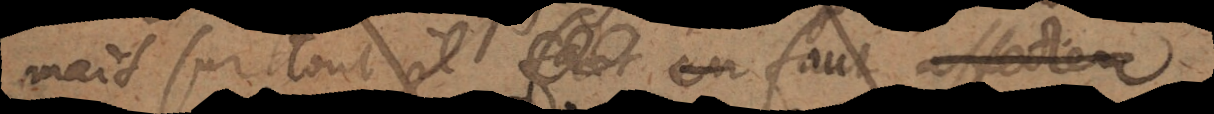
mais surtout il faut affecter